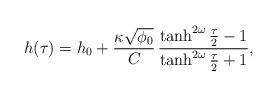
LaTeX: \begin{align*}h(\tau) = h_0 + \frac{\kappa\sqrt{\phi_0}}{C} \, \frac{\tanh^{2\omega}\frac{\tau}2-1} {\tanh^{2\omega}\frac{\tau}2+1},\end{align*}